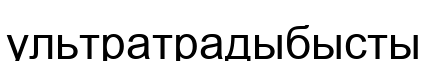
ультратрадыбысты